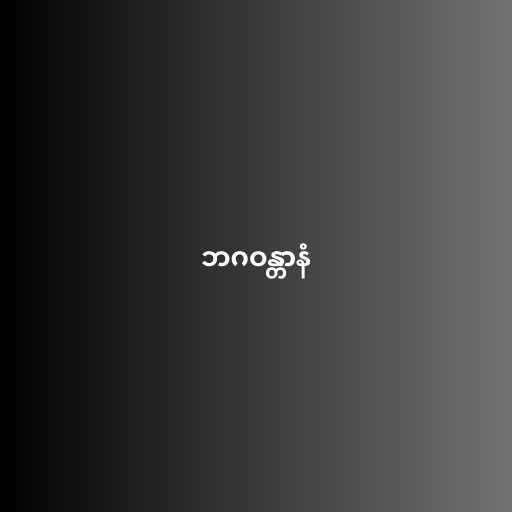
ဘဂဝန္တာနံ